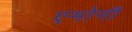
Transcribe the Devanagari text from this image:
एमोनी